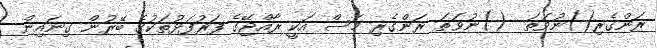
ރަންގެރި()ނުވަތަ  ()ނުވަތަ ރަންގެރި މަސް އަކީ ރާއްޖޭގެ ފަރުފަޅުތަކުގެ ބޭރުން ގިނައިން